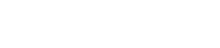
ဒေသခံပြည်သူများထံမှ